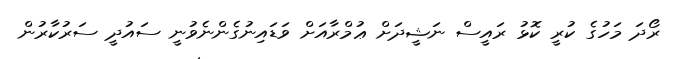
ރޯދަ މަހުގެ ކުރީ ކޮޅު ރައީސް ނަޝީދަށް ޢުމްރާއަށް ވަޑައިނުގެންނެވުނީ ސައުދީ ސަރުކާރުން